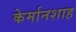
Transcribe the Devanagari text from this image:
केर्मानशाह